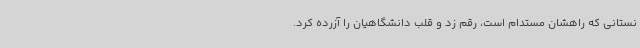
نستانی که راهشان مستدام است، رقم زد و قلب دانشگاهیان را آزرده کرد.